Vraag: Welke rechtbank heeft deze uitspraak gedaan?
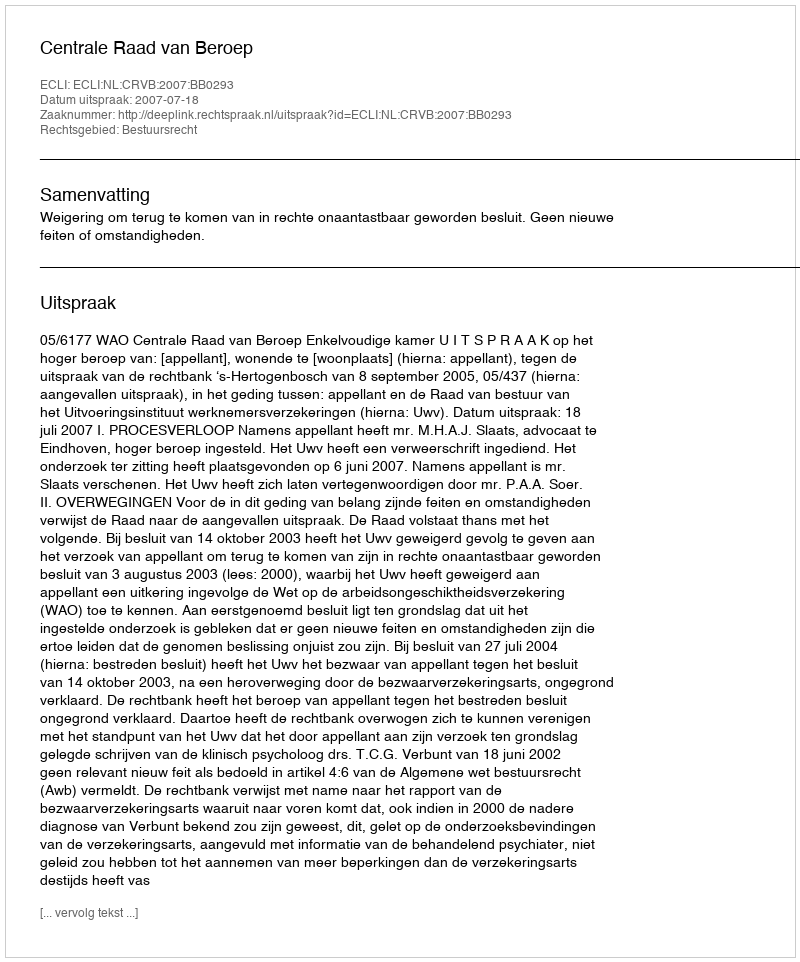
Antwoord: Centrale Raad van Beroep